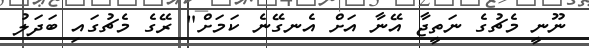
ނޫނީ މެޗުގެ ނަތީޖާ އޭނާ އަށް އެނގޭނެ ކަމަށް" ރޭގެ މެޗުގައި ބަދަލު